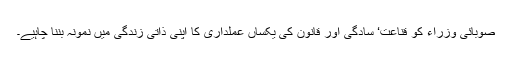
صوبائی وزراء کو قناعت‘ سادگی اور قانون کی یکساں عملداری کا اپنی ذاتی زندگی میں نمونہ بننا چاہیے۔